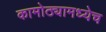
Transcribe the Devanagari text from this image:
कामोठ्यामध्येच